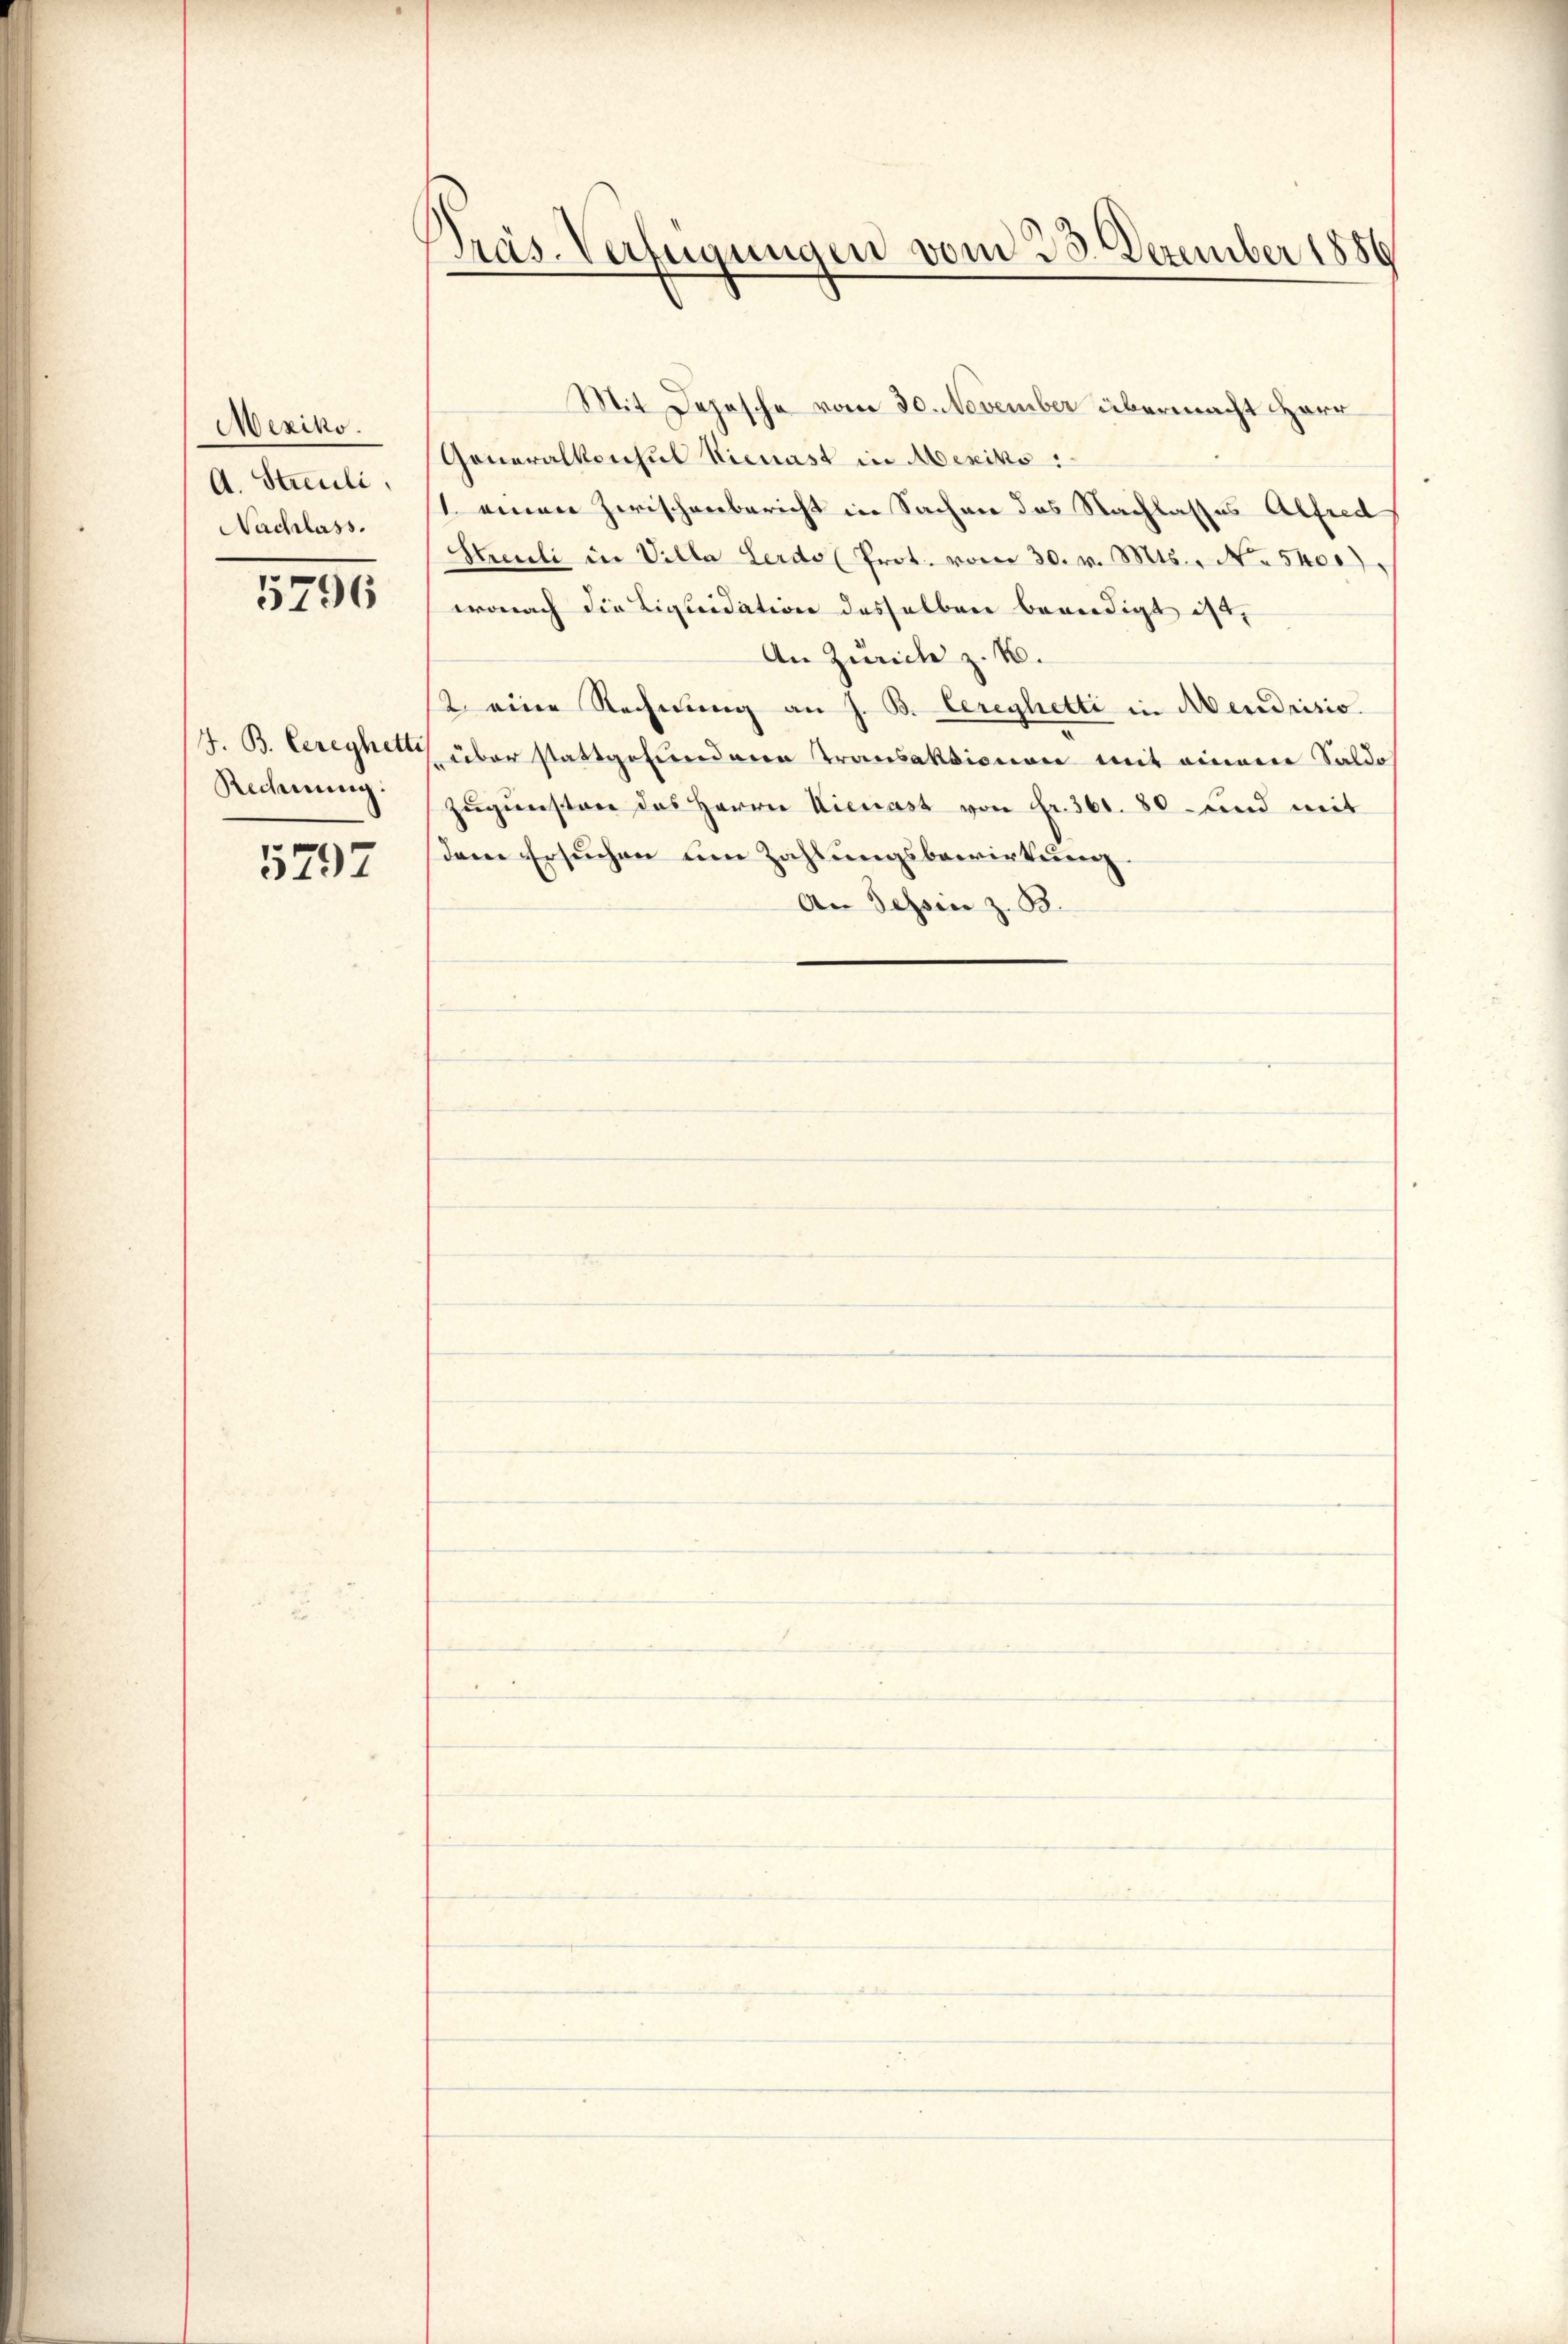
Mexiko.
A. Streuli,
Nachlass.

5796

J. B. Cereyhetti
Rechnung:

5797

Präs. Verfügungen vom 23. Dezember 1886

Mit Depesche vom 30. November übermacht Herr
Generalkonsul Hienast in Mexiko
/1. einen Zwischenbericht in Sachen des Nachlasses Alfred
Streuli in Villa Lerdo (Prot. vom 30. v. Mts., No 540.)
wonach die Liquidation desselben beriedigt ist,
An Zürich z. B.
2 eine Rechnung an J. B. Cereghetti in Mendrisio
über stattgefundenen Transaktionen mit einem Saldo
Zugünsten des Herrn Kienast von Fr. 361. 80 und mit
dem Ersuchen um Zahlungsbewirkung
An Tessin z. B.